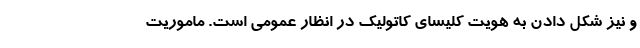
و نیز شکل دادن به هویت کلیسای کاتولیک در انظار عمومی است. ماموریت